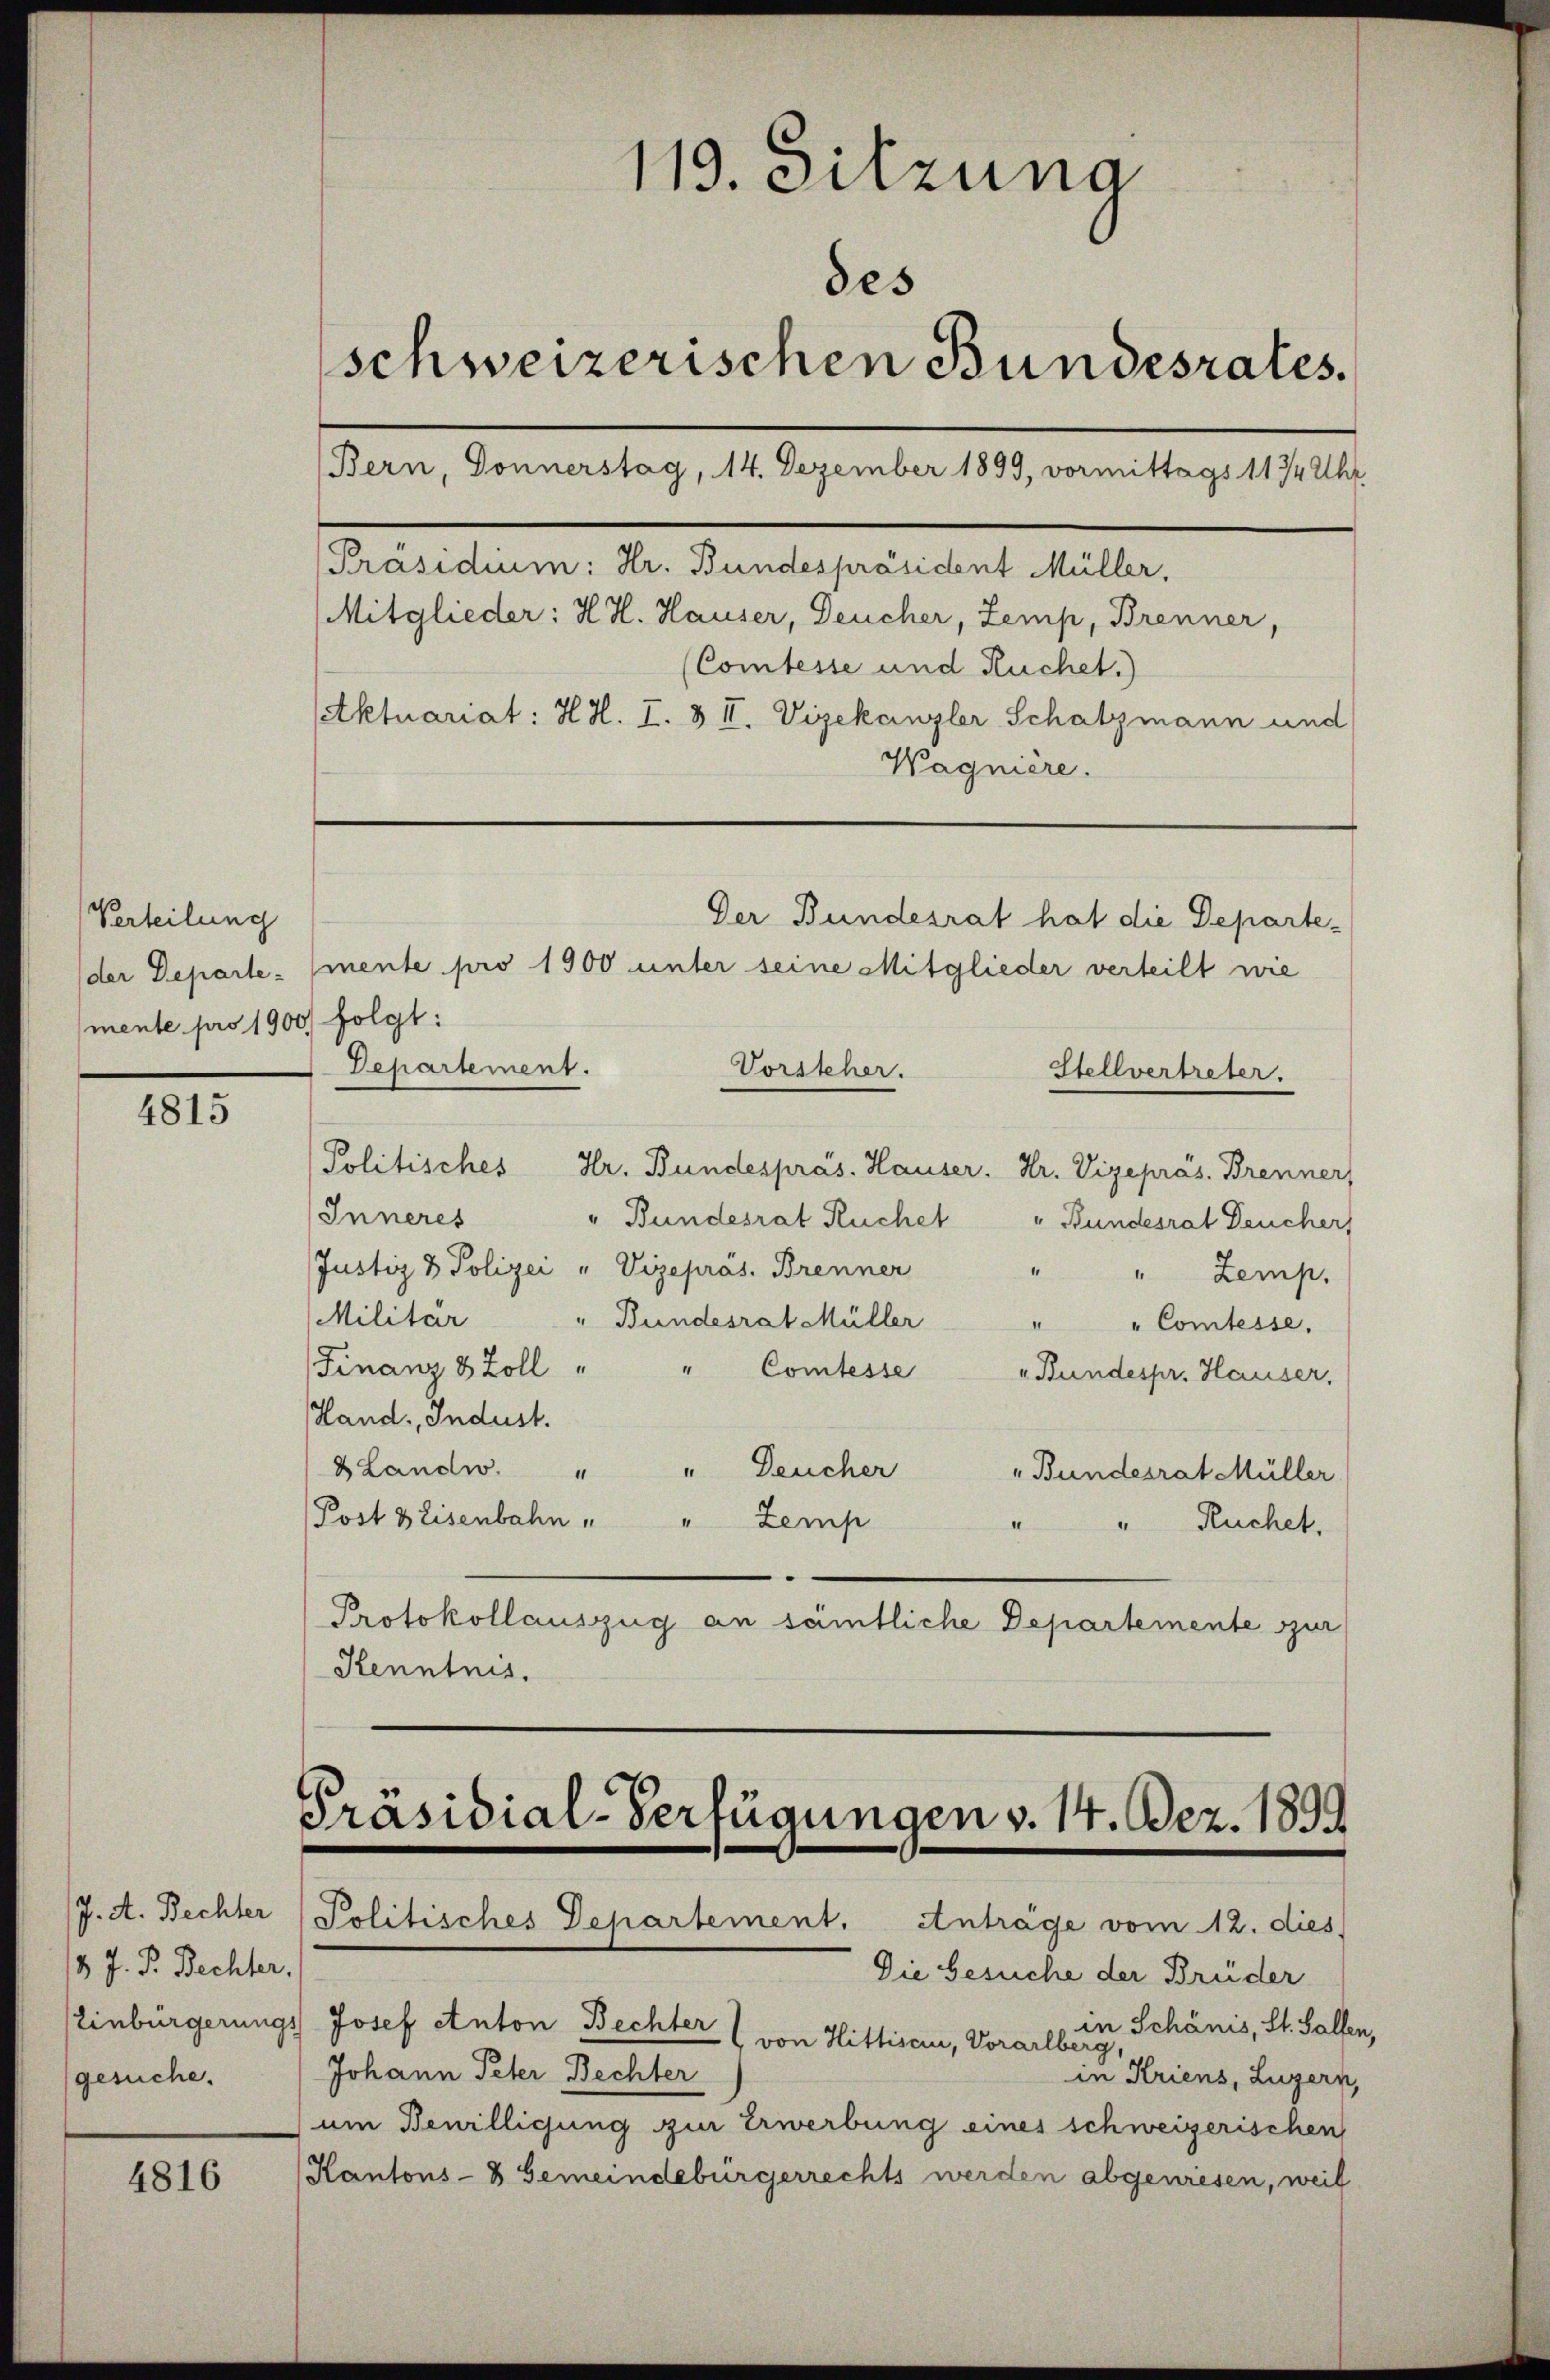
Verteilung
der Departe-
mente pro 1900/ folgt:

4815

J. A. Bechter
3 J. P. Rechter.
gesuche.

4816

119. Sitzung
des
schweizerischen Bundesrates.
(Bern, Donnerstag, 14. Dezember 1899, vormittags 1174 Uhr
[Präsidium: Hr. Bundespräsident Müller,
Mitglieder: H. H. Hauser, Deucher, Zemp, Brenner,
(Comtesse und Kuchet.)
Aktuariat: H. H. I. & II. Vizekanzler Schatzmann und
Wagniere.
Der Bundesrat hat die Departemente pro 1900 unter seine Mitglieder verteilt wie
Departement.
Vorsteher.
Stellvertreter.

Politisches Hr. Bundespras. Hauser. Dr. Vizepräs. Brenner,
Inneres
" Bundesrat Ruchel
Bundesrat Deucher,
Justiz & Polizei " Vizepräs. Brenner
" Zemp.
Militar
Bundesrat Müller
.
"Comtesse.
Finanz 3 Zoll
Comtesse „Bundespr. Hauser,
Hand. Indust.
BLandw. "
" Deucher
„Bundesrat Müller
Post Beisenbahn " " Zemp
"Ruchet.
Protokollauszug an sämtliche Departemente sur
Kenntnis.

Präsidial-Verfügungen v. 14. Dez. 1899
Politisches Departement. Anträge vom 12. dies

Die Gesuche der Brüder
in Schänis, St. Gallen,
Einbürgerungs Josef Anton Bechter von Hittisau, Vorarlberg,
Johann Peter Bechter
in Kriens, Luzern,
um Bewilligung zur Erwerbung eines schweizerischen
Kantons- & Gemeindebürgerrechts werden abgewiesen, weil